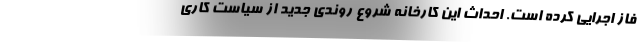
فاز اجرایی کرده است. احداث این کارخانه شروع روندی جدید از سیاست کاری